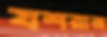
যশরাজ